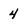
Character: 4